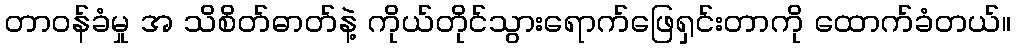
တာဝန်ခံမှု အ သိစိတ်ဓာတ်နဲ့ ကိုယ်တိုင်သွားရောက်ဖြေရှင်းတာကို ထောက်ခံတယ်။